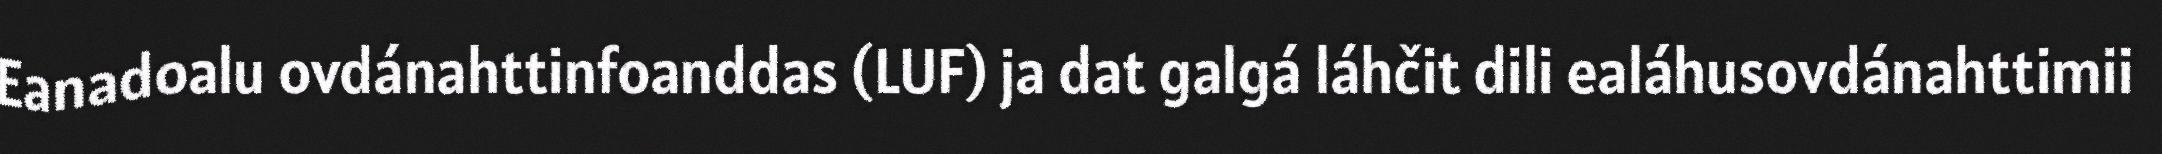
Eanadoalu ovdánahttinfoanddas (LUF) ja dat galgá láhčit dili ealáhusovdánahttimii